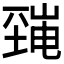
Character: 𡐜